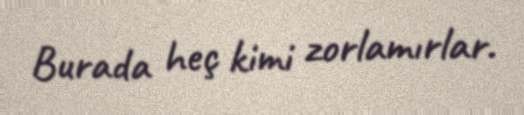
Burada heç kimi zorlamırlar.